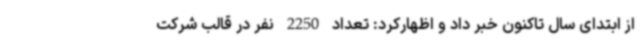
از ابتدای سال تاکنون خبر داد و اظهارکرد: تعداد 2250 نفر در قالب شرکت